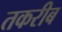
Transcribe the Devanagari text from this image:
तकरीब